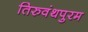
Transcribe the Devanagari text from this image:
तिरुवंथपुरम